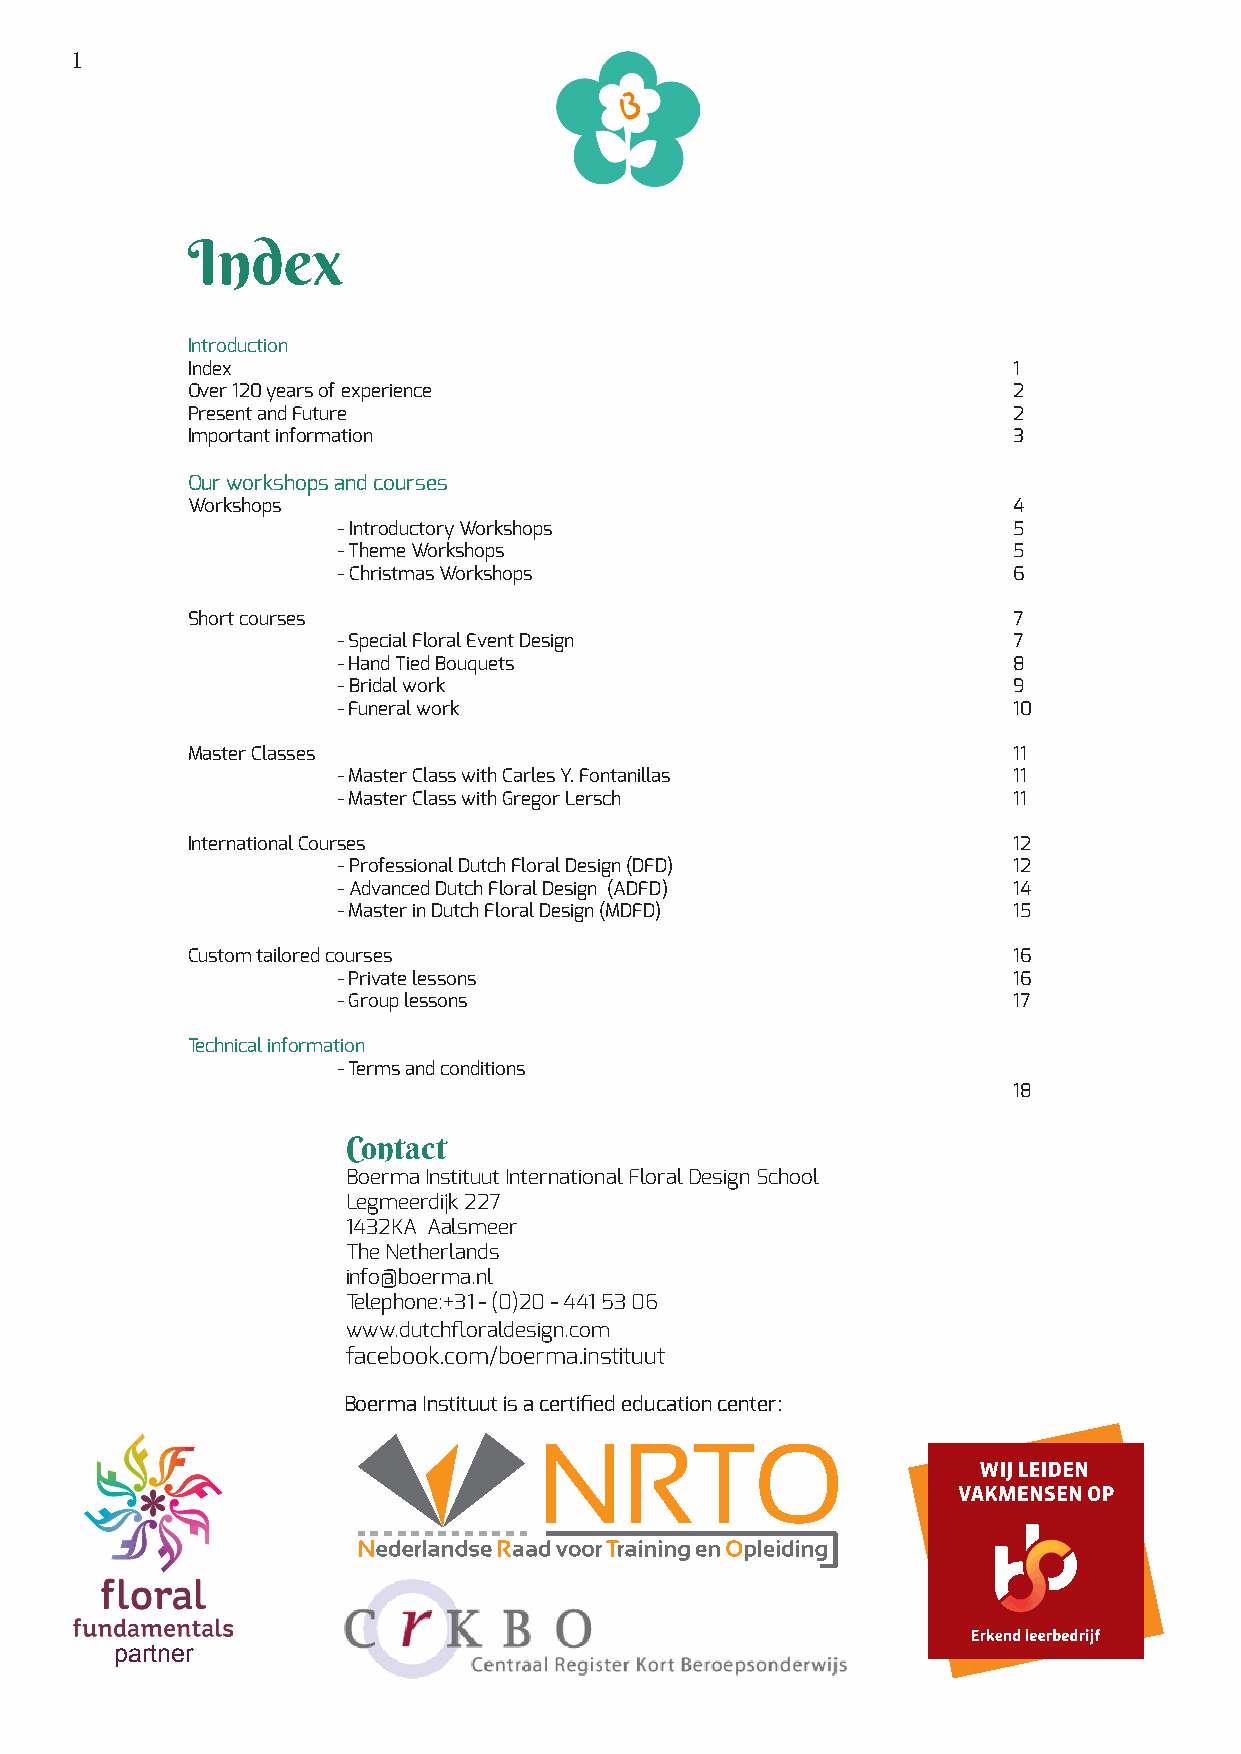
1
 Index
 Introduction
 Index                                                  1
 Over 120 years of experience                           2
 Present and Future                                     2
 Important information                                  3
 Our workshops and courses
 Workshops                                              4
 - Introductory Workshops                     5
 - Theme Workshops                            5
 - Christmas Workshops                        6
 Short courses                                          7
 - Special Floral Event Design                7
 - Hand Tied Bouquets                         8
 - Bridal work                                9
 - Funeral work                               10
 Master Classes                                         11
 - Master Class with Carles Y. Fontanillas    11
 - Master Class with Gregor Lersch            11
 International Courses                                  12
 - Professional Dutch Floral Design (DFD)     12
 - Advanced Dutch Floral Design (ADFD)        14
 - Master in Dutch Floral Design (MDFD)       15
 Custom tailored courses                                16
 - Private lessons                            16
 - Group lessons                              17
 Technical information
 - Terms and conditions
 18
 Contact
 Boerma Instituut International Floral Design School
 Legmeerdijk 227
 1432KA Aalsmeer
 The Netherlands
 info@boerma.nl
 Telephone:+31 - (0)20 - 441 53 06
 www.dutchfloraldesign.com
 facebook.com/boerma.instituut
 Boerma Instituut is a certified education center:
 partner